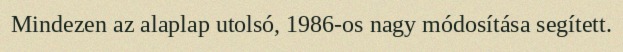
Mindezen az alaplap utolsó, 1986-os nagy módosítása segített.